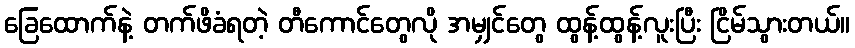
ခြေထောက်နဲ့ တက်ဖိခံရတဲ့ တီကောင်တွေလို အမျှင်တွေ ထွန့်ထွန့်လူးပြီး ငြိမ်သွားတယ်။